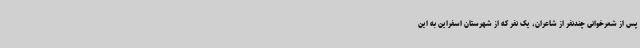
پس از شعرخوانی چندنفر از شاعران، یک نفر که از شهرستان اسفراین به این